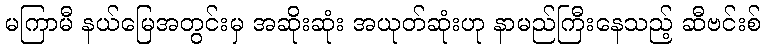
မကြာမီ နယ်မြေအတွင်းမှ အဆိုးဆုံး အယုတ်ဆုံးဟု နာမည်ကြီးနေသည့် ဆီဗင်းစ်